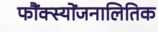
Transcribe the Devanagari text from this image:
फौंक्स्योंजनालितिक